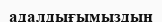
адалдығымыздың